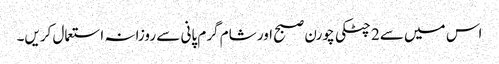
اس میں سے2 چٹکی چورن صبح اور شام گرم پانی سے روزانہ استعمال کریں۔